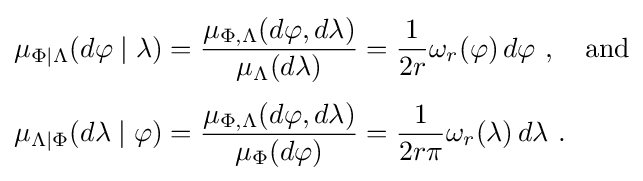
{\begin{aligned}\mu _{\Phi \mid \Lambda }(d\varphi \mid \lambda )&={\mu _{\Phi ,\Lambda }(d\varphi ,d\lambda ) \over \mu _{\Lambda }(d\lambda )}={\frac {1}{2r}}\omega _{r}(\varphi )\,d\varphi \ ,\quad {\text{and}}\\[3pt]\mu _{\Lambda \mid \Phi }(d\lambda \mid \varphi )&={\mu _{\Phi ,\Lambda }(d\varphi ,d\lambda ) \over \mu _{\Phi }(d\varphi )}={\frac {1}{2r\pi }}\omega _{r}(\lambda )\,d\lambda \ .\end{aligned}}